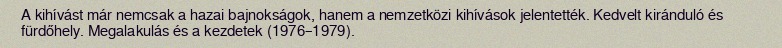
A kihívást már nemcsak a hazai bajnokságok, hanem a nemzetközi kihívások jelentették. Kedvelt kiránduló és fürdőhely. Megalakulás és a kezdetek (1976–1979).